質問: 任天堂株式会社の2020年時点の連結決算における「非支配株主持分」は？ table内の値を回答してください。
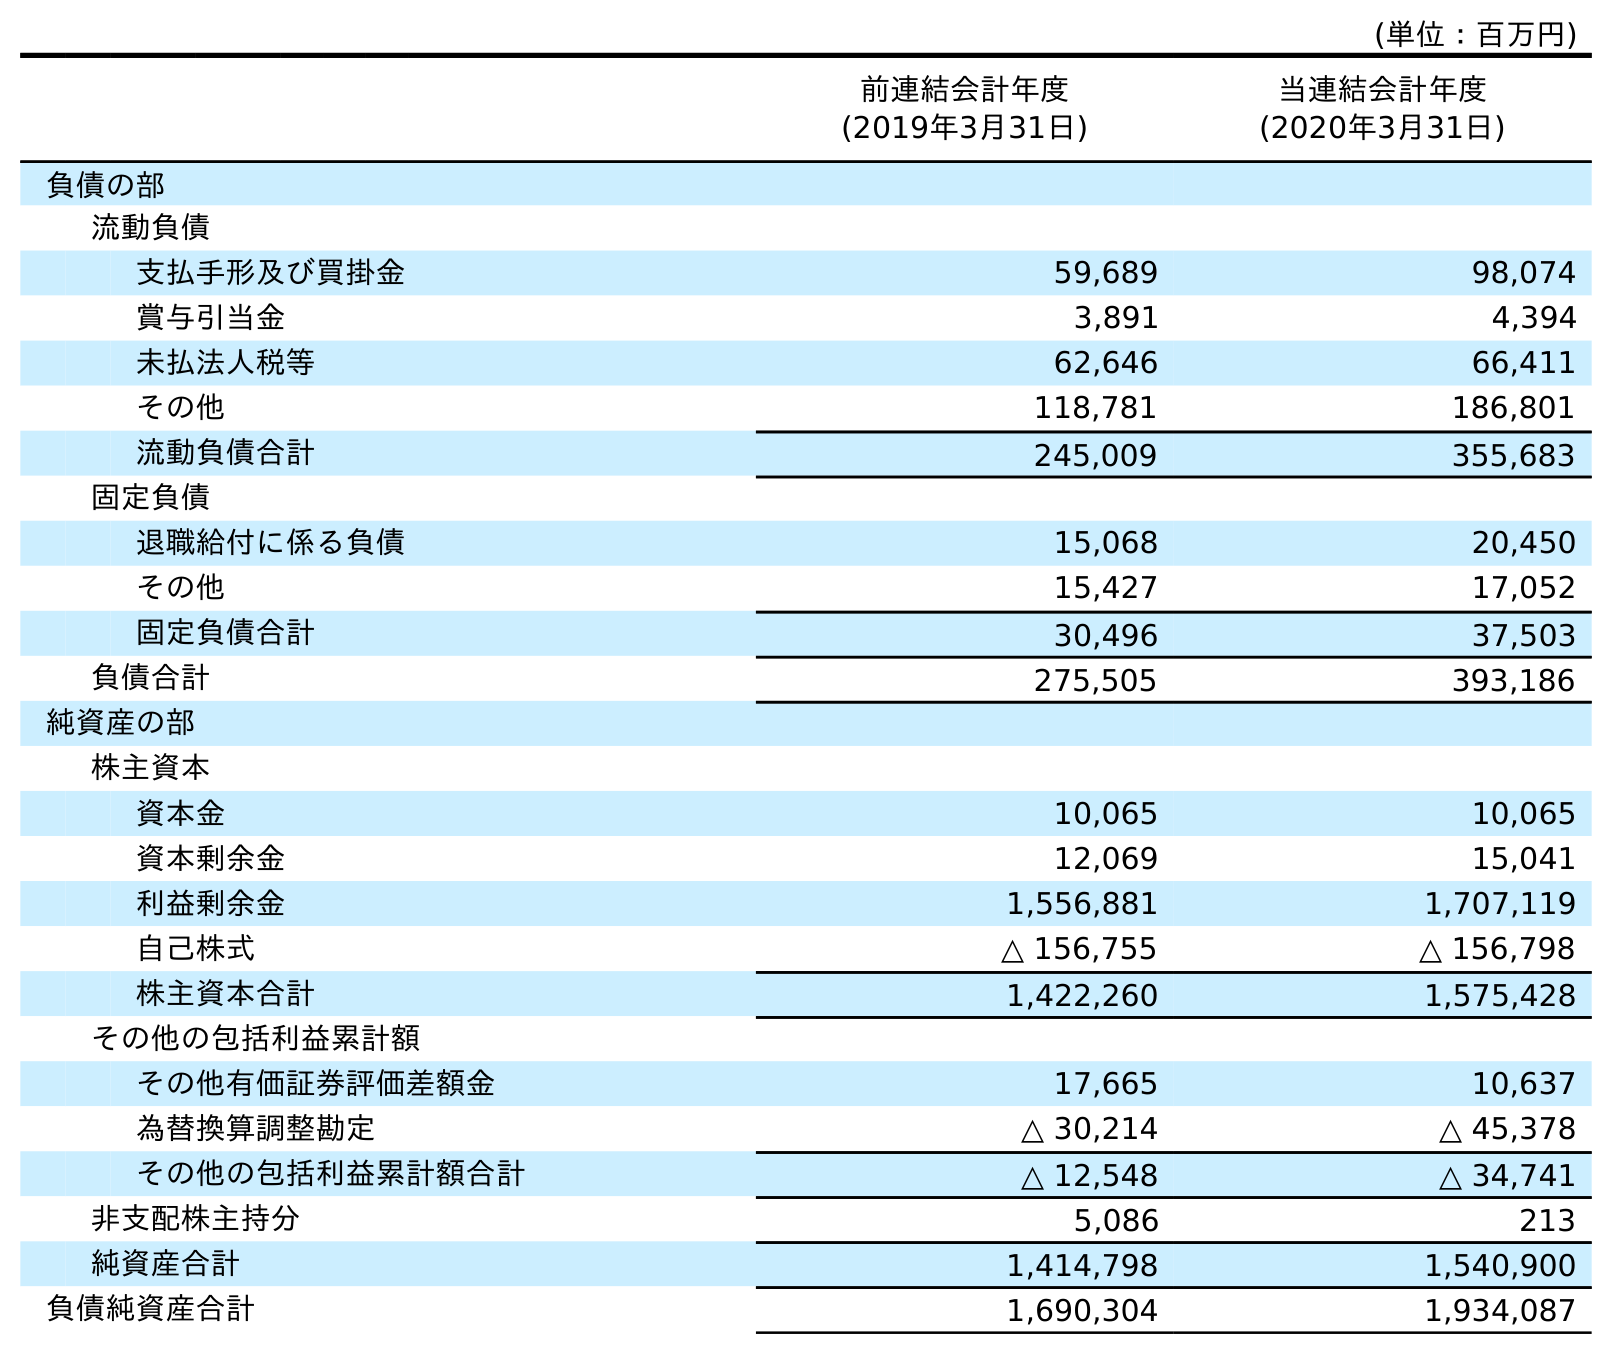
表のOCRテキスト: (単位：百万円) 前連結会計年度 (2019年3月31日) 当連結会計年度 (2020年3月31日) 負債の部 流動負債 支払手形及び買掛金 59,689 98,074 賞与引当金 3,891 4,394 未払法人税等 62,646 66,411 その他 118,781 186,801 流動負債合計 245,009 355,683 固定負債 退職給付に係る負債 15,068 20,450 その他 15,427 17,052 固定負債合計 30,496 37,503 負債合計 275,505 393,186 純資産の部 株主資本 資本金 10,065 10,065 資本剰余金 12,069 15,041 利益剰余金 1,556,881 1,707,119 自己株式 △ 156,755 △ 156,798 株主資本合計 1,422,260 1,575,428 その他の包括利益累計額 その他有価証券評価差額金 17,665 10,637 為替換算調整勘定 △ 30,214 △ 45,378 その他の包括利益累計額合計 △ 12,548 △ 34,741 非支配株主持分 5,086 213 純資産合計 1,414,798 1,540,900 負債純資産合計 1,690,304 1,934,087
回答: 213